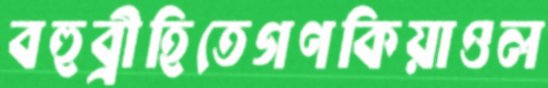
বহুব্রীহিতেগণকিয়াওল